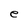
Character: e